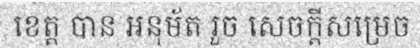
ខេត្ត បាន អនុម័ត រួច សេចក្តីសម្រេច